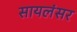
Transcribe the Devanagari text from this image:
सायलंसर